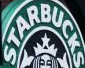
ATARBUCKS